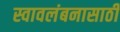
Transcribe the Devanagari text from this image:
स्वावलंबनासाठी